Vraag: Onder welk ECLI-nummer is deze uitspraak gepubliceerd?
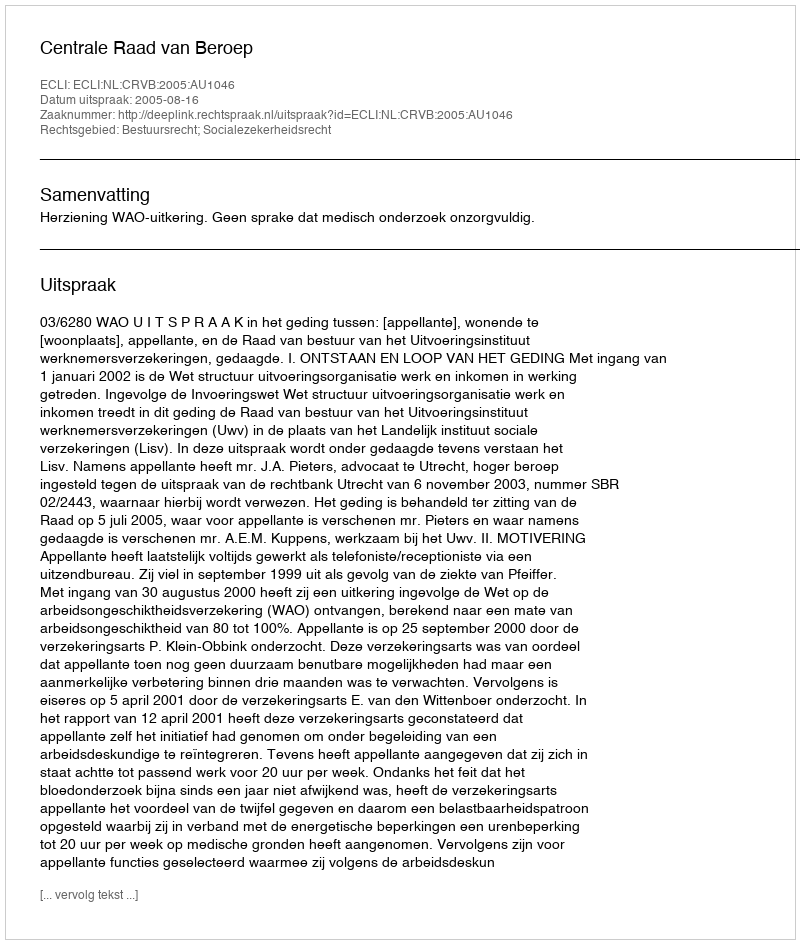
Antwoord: ECLI:NL:CRVB:2005:AU1046